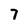
Character: 7